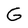
Character: G